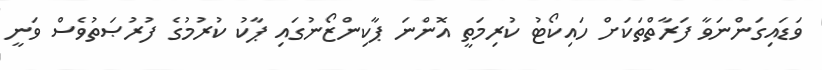
ވަޑައިގަންނަވާ ފަރާތްތަކަށް ހައިކޯޓު ކުރިމަތީ އޮންނަ ޕާކިންޒޯނުގައި ޕާކު ކުރުމުގެ ފުރުޞަތުވެސް ވަނީ